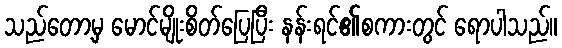
သည်တော့မှ မောင်မျိုးစိတ်ပြေပြီး နန်းရင်၏စကားတွင် ရောပါသည်။